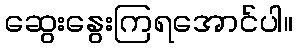
ဆွေးနွေးကြရအောင်ပါ။